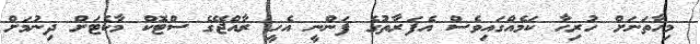
މިހާތަނަށް ހުރިހާ ކަމެއްގައިވެސް އެފަރާތުގެ ފަންނީ އެހީ ރާއްޖޭގެ ސްޓޮކް މާކެޓަށް ދިނުމަށް